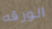
الورقه